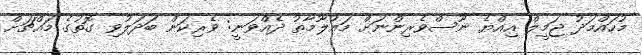
މުހައްމަދު ޖަމީލް އިއްޔެ ނޫސްވެރިންނަށް މައުލޫމާތު ދެއްވަނީ: ވެރިކަން ބަދަލުވި ގޮތުގެ މައްޗަށް